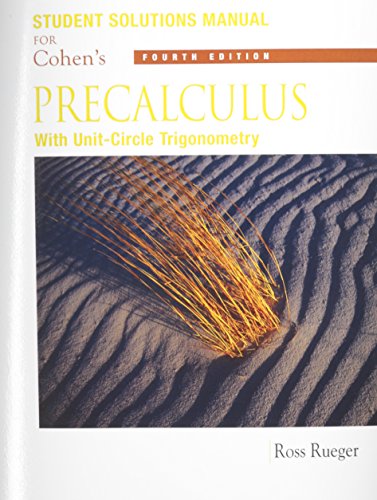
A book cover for Student Solutions Manual for Cohen's Precalculus: With Unit Circle Trigonometry, 4th; DAVID COHEN; Science & Math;